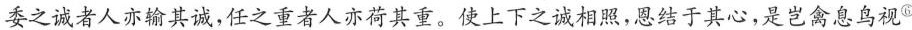
委之诚者人亦输其诚，任之重者人亦荷其重。使上下之诚相照，恩结于其心，是岂禽息鸟视^{⑥}